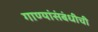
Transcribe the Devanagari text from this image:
गाण्यांसंबंधीची